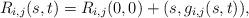
LaTeX: \begin{align*} R_{i,j}(s,t) = R_{i,j}(0,0) + (s, g_{i,j}(s,t)),\end{align*}